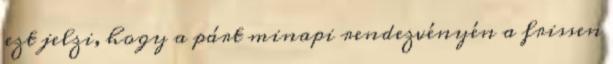
ezt jelzi, hogy a párt minapi rendezvényén a frissen